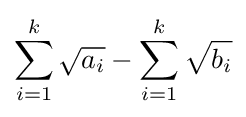
\sum _{i=1}^{k}{\sqrt {a_{i}}}-\sum _{i=1}^{k}{\sqrt {b_{i}}}